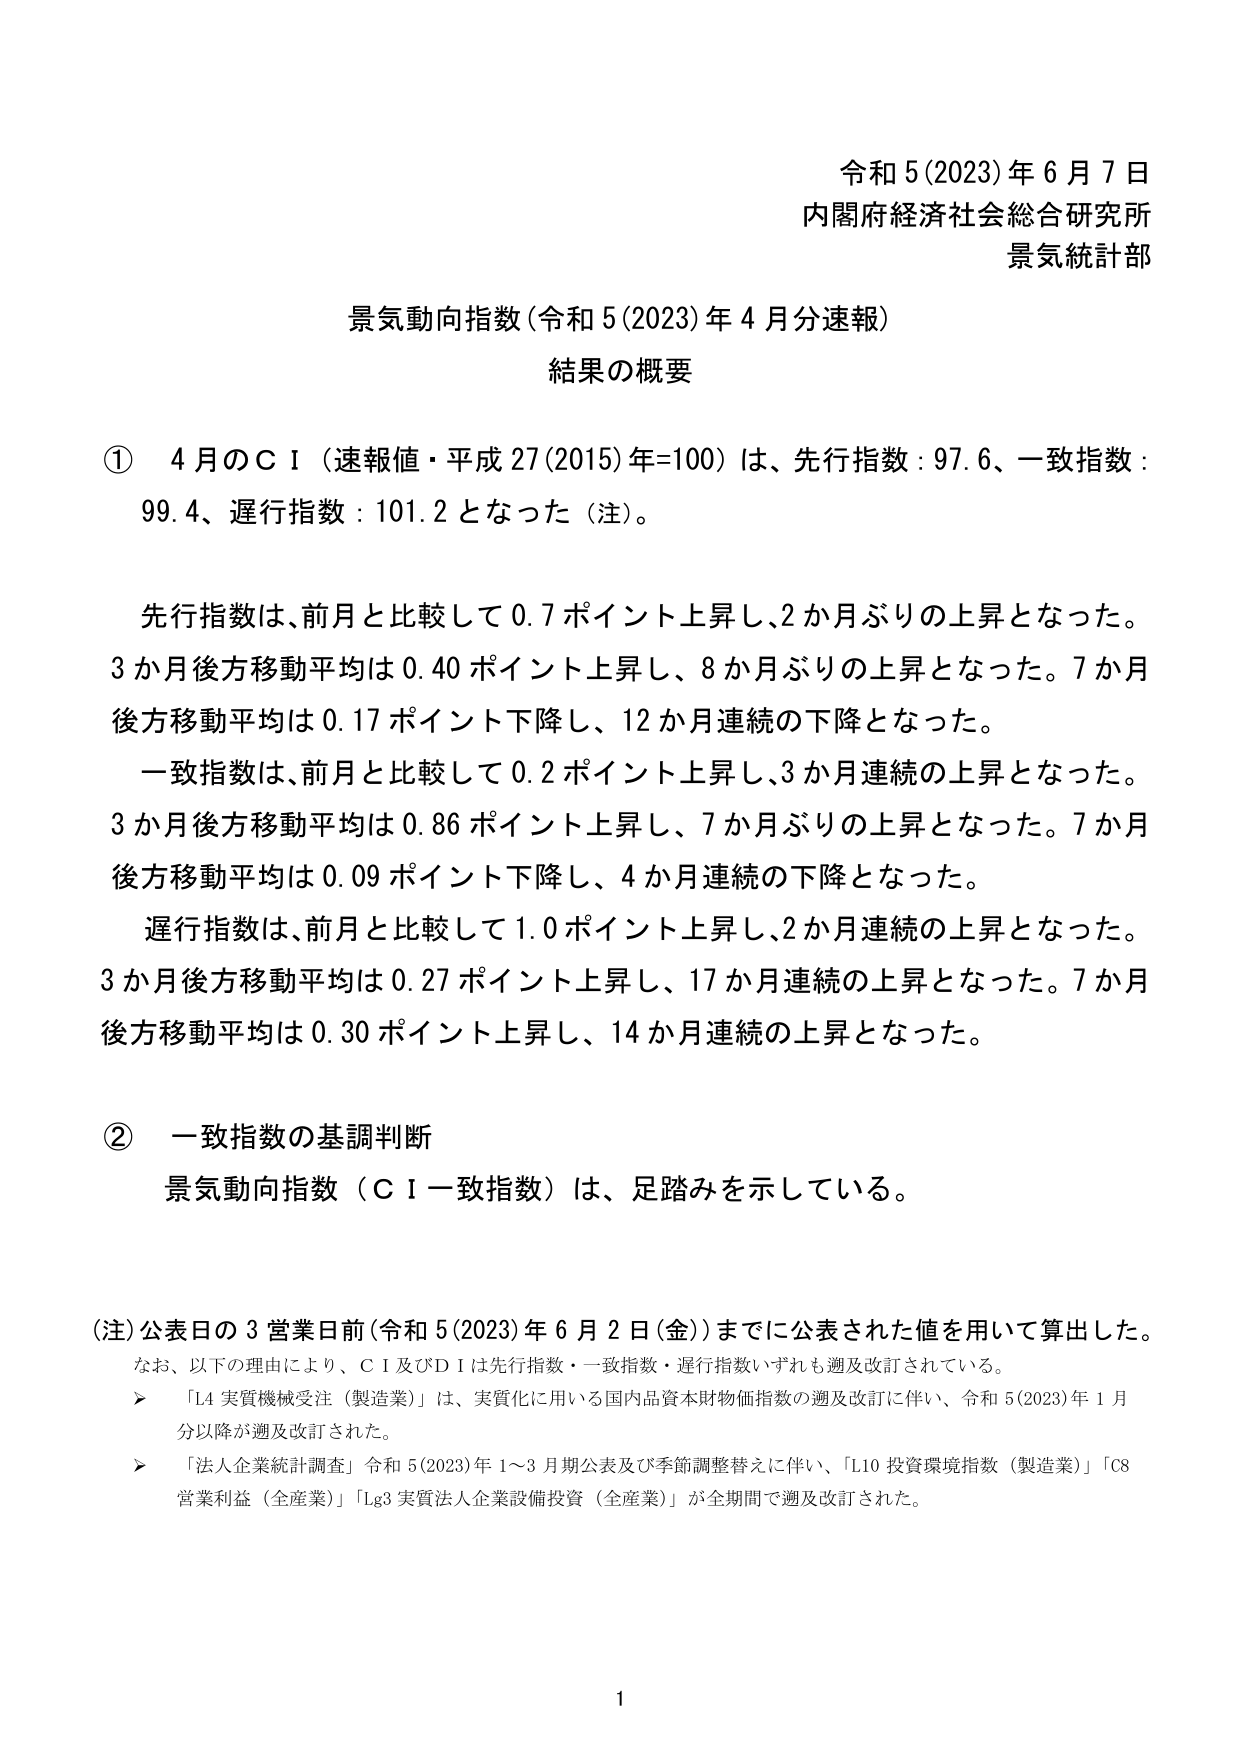
令和5(2023)年6月7日
内閣府経済社会総合研究所
景気統計部

景気動向指数（令和5(2023)年4月分速報）
結果の概要

① 4月のＣＩ（速報値・平成27(2015)年=100）は、先行指数：97.6、一致指数：99.4、遅行指数：101.2となった（注）。

先行指数は、前月と比較して0.7ポイント上昇し、2か月ぶりの上昇となった。
3か月後方移動平均は0.40ポイント上昇し、8か月ぶりの上昇となった。7か月後方移動平均は0.17ポイント下降し、12か月連続の下降となった。
一致指数は、前月と比較して0.2ポイント上昇し、3か月連続の上昇となった。
3か月後方移動平均は0.86ポイント上昇し、7か月ぶりの上昇となった。7か月後方移動平均は0.09ポイント下降し、4か月連続の下降となった。
遅行指数は、前月と比較して1.0ポイント上昇し、2か月連続の上昇となった。
3か月後方移動平均は0.27ポイント上昇し、17か月連続の上昇となった。7か月後方移動平均は0.30ポイント上昇し、14か月連続の上昇となった。

② 一致指数の基調判断
景気動向指数（ＣＩ一致指数）は、足踏みを示している。

（注）公表日の3営業日前（令和5(2023)年6月2日（金））までに公表された値を用いて算出した。
なお、以下の理由により、ＣＩ及びＤＩは先行指数・一致指数・遅行指数いずれも遡及改訂されている。
　➤ 「L4 実質機械受注（製造業）」は、実質化に用いる国内品資本財物価指数の遡及改訂に伴い、令和5(2023)年1月分以降が遡及改訂された。
　➤ 「法人企業統計調査」令和5(2023)年1～3月期公表及び季節調整替えに伴い、「L10 投資環境指数（製造業）」「C8 営業利益（全産業）」「Lg3 実質法人企業設備投資（全産業）」が全期間で遡及改訂された。

1